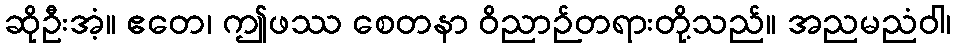
ဆိုဦးအံ့။ ဧတေ၊ ဤဖဿ စေတနာ ဝိညာဉ်တရားတို့သည်။ အညမညံဝါ၊